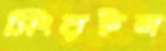
সিংরইল